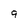
Character: 9